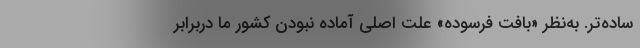
ساده‌تر. به‌نظر «بافت فرسوده» علت اصلی آماده نبودن کشور ما دربرابر